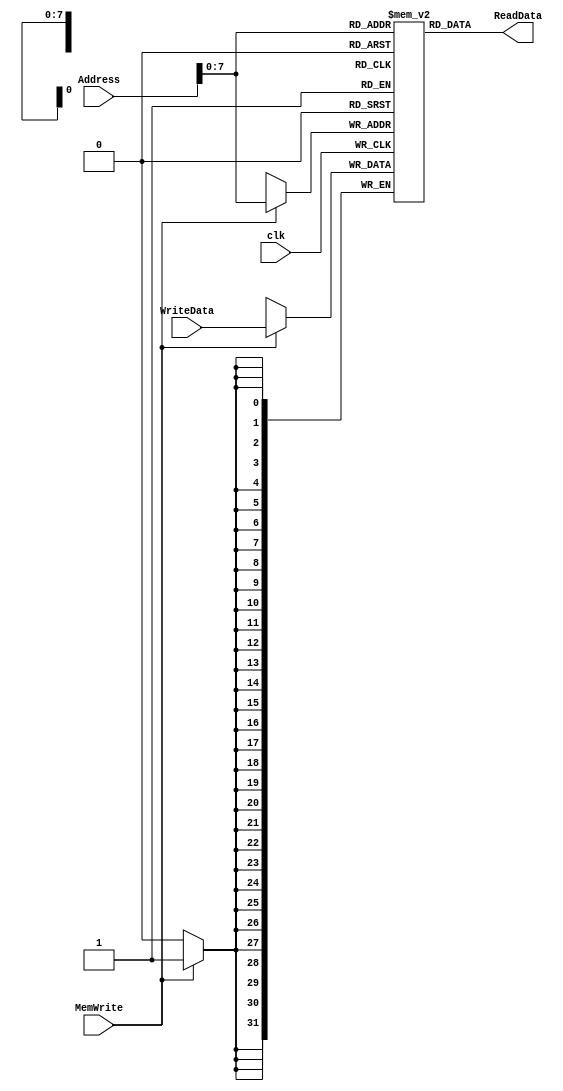
module data_memory(ReadData, Address, WriteData, MemWrite, clk);
input MemWrite, clk;
input [31:0] WriteData, Address;
output reg [31:0] ReadData;
reg [31:0] data [255:0];

always @(*) begin
	ReadData <= data[Address];
end

always @(posedge clk) begin
	if(MemWrite)
		data[Address] <= WriteData;
end
endmodule